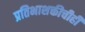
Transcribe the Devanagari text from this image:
प्रतिभाशक्तीचीही